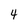
Character: 4